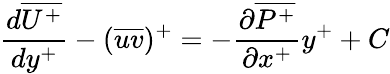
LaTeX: \frac{d\overline{{U^{+}}}}{dy^{+}}-(\overline{{uv}})^{+}=-\frac{\partial\overline{{P^{+}}}}{\partial x^{+}}y^{+}+C